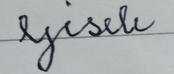
Signature authenticity: forged